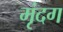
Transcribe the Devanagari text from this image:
मृंदग